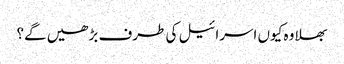
بھلا وہ کیوں اسرائیل کی طرف بڑھیں گے؟